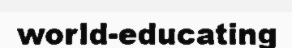
world-educating